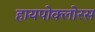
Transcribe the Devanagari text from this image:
हायपोक्लोरस